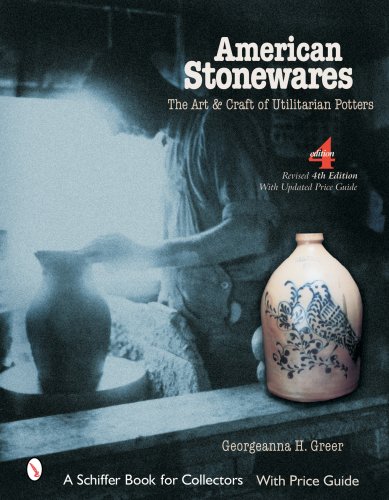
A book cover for American Stonewares: The Art And Craft of Utilitarian Potters; Georgeanna H. Greer; Crafts, Hobbies & Home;